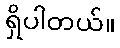
ရှိပါတယ်။